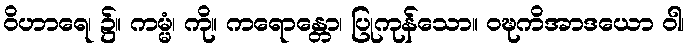
ဝိဟာရေ၊ ၌။ ကမ္မံ၊ ကို။ ကရောန္တော၊ ပြုကုန်သော။ ဝဍ္ဎကိအာဒယော ဝါ၊